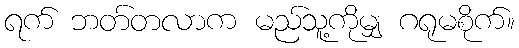
ရက် ဘတ်တလာက မည်သူ့ကိုမျှ ဂရုမစိုက်။